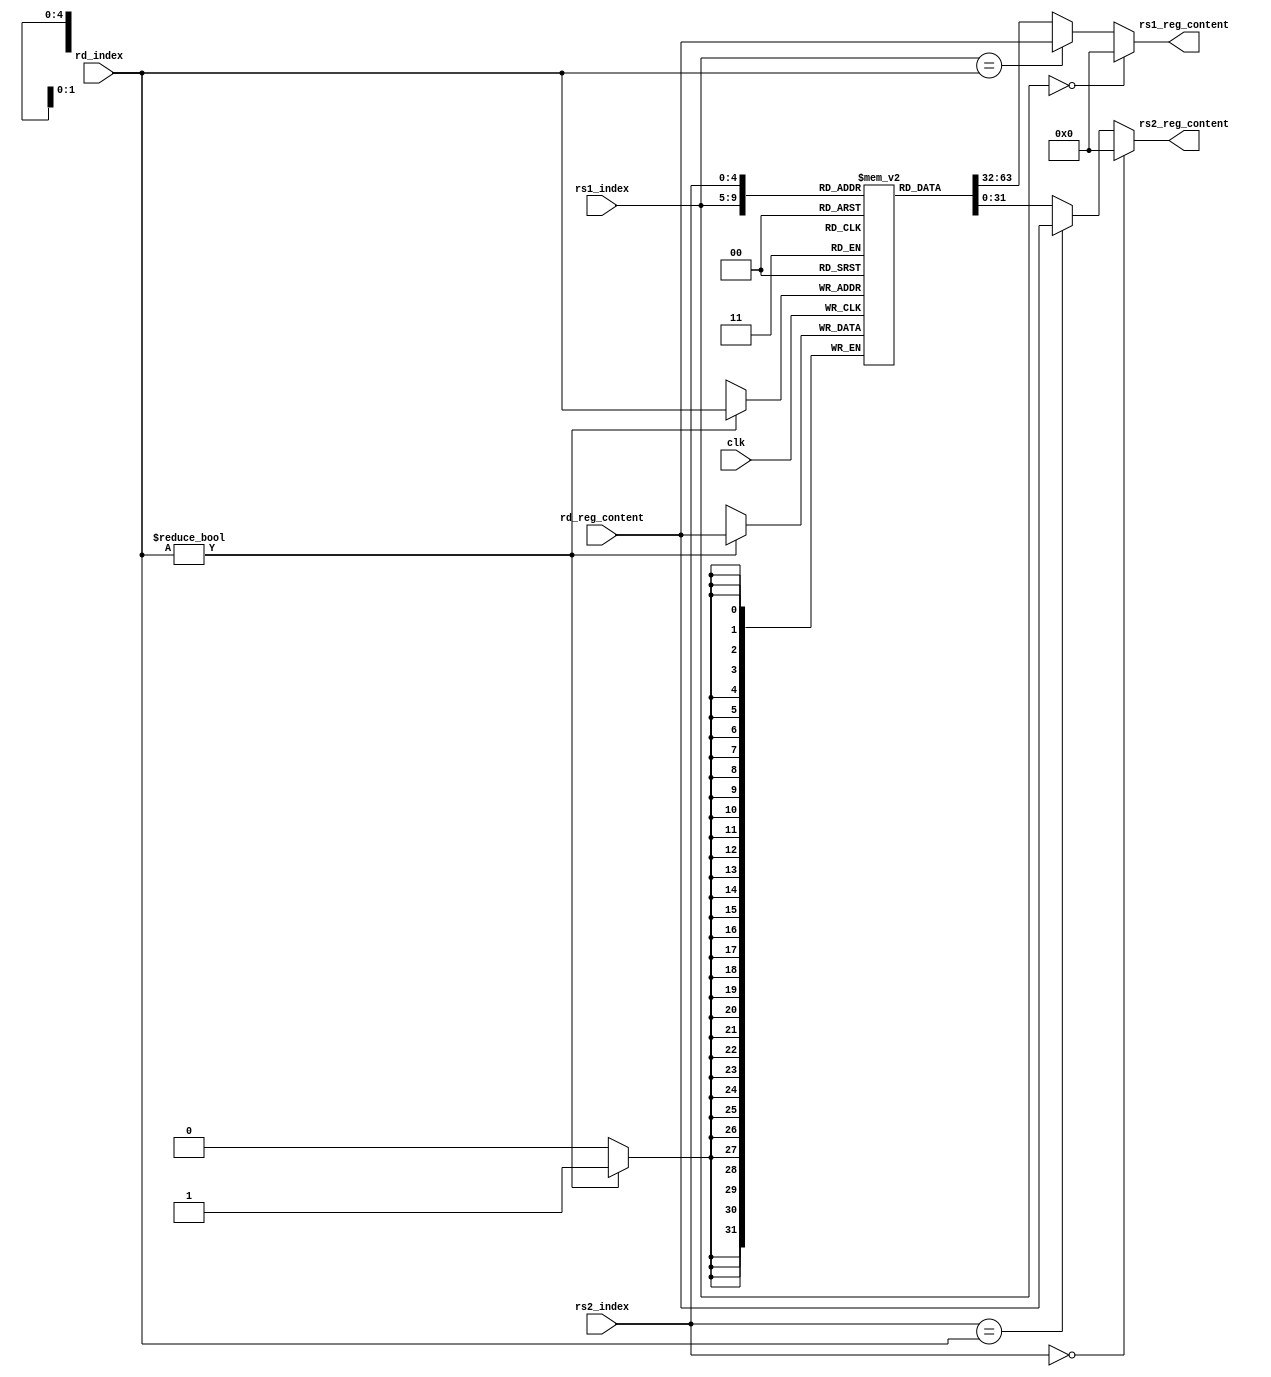
//regfile
module regfile_unit(
		input clk,
		input[4:0] rd_index,
		input[4:0] rs1_index,
		input[4:0] rs2_index,
		input[31:0] rd_reg_content,
		output[31:0] rs1_reg_content,
		output[31:0] rs2_reg_content
);

reg[31:0] rf[31:0];

always @(posedge clk)begin
	if(rd_index != 5'd0 )begin
		rf[rd_index] <= rd_reg_content;
	end
end

assign rs1_reg_content = rs1_index == 5'd0 ? 32'd0 : (rs1_index == rd_index ? rd_reg_content : rf[rs1_index]);
assign rs2_reg_content = rs2_index == 5'd0 ? 32'd0 : (rs2_index == rd_index ? rd_reg_content : rf[rs2_index]);

endmodule